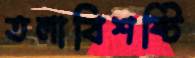
তলাবিশষ্টি